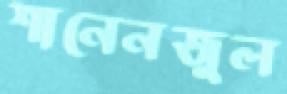
শানেনজুল